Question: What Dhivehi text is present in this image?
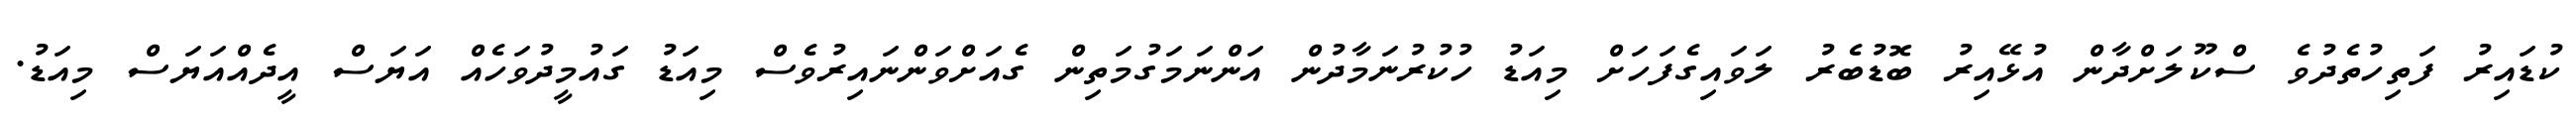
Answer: ކުޑައިރު ފަތިހުތެދުވެ ސްކޫލަށްދާން އުޅޭއިރު ބޮޑުބެރު ލަވައިގެފަހަށް މިއަޑު ހުކުރުނަމާދުން އަންނަމަގުމަތިން ގެއަށްވަންނައިރުވެސް މިއަޑު ގައުމީދުވަހެއް އަޔަސް އީދެއްއަޔަސް މިއަޑު.